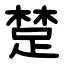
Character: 䠂